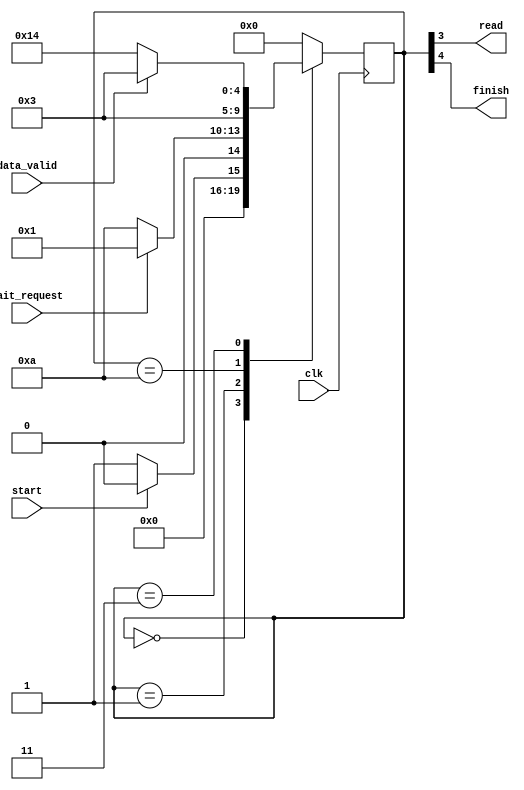
`define Initial 5'b00_000
`define Wait 5'b00_001
`define Read 5'b01_010
`define Valid 5'b00_011
`define Finish 5'b10_100



module flash_read (clk, wait_request, data_valid, start,read, finish);
input clk, wait_request, data_valid, start;
output read, finish;

reg [4:0] state;
reg [4:0] next;


// assign values of finish and read using the bits of states
assign finish = state[4];
assign read = state[3];


always @(*) begin

	case(state)  //depending on state, check the following

	`Initial: begin if(!start)   //**** this start is actually a pause, so if not pause move onto next state
		next = `Wait;
		else next = `Initial; end

	`Wait: begin if(!wait_request)  //if there isnt a wait request, movee to read
		next = `Read;
		else next = `Wait; end

	`Read: next = `Valid;   //this state encodes the value of read going to 1, move to valid
		

	`Valid: begin if(!data_valid)   //if data valid, stay till not valid
		next = `Finish;
		else next = `Valid; end

	`Finish: next = `Initial;  //restart, also exerts finish flag
		

	default: next = `Initial;

endcase
end

always @(posedge clk) begin
state<=next;   //every posedge, update the state
end

endmodule